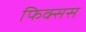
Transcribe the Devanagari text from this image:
फिक्सस